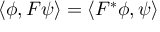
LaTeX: \left\langle \phi , F \psi \right\rangle = \left\langle F ^ { * } \phi , \psi \right\rangle